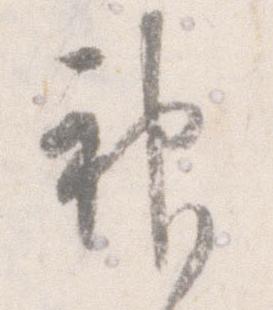
神